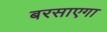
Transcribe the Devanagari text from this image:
बरसाएगा